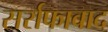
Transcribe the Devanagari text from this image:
सर्राफाबाद